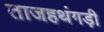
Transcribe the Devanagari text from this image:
ताजहथंगड़ी